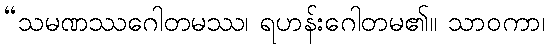
“သမဏဿဂေါတမဿ၊ ရဟန်းဂေါတမ၏။ သာဝကာ၊